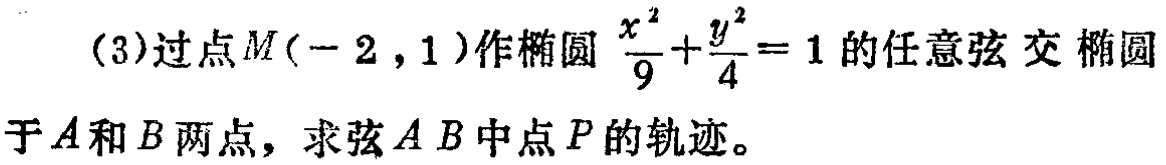
(3)过点\(M(-2,1)\)作椭圆\(\frac{x^{2}}{9}+\frac{y^{2}}{4}=1\)的任意弦交椭圆于\(A\)和\(B\)两点，求弦\(AB\)中点\(P\)的轨迹。